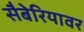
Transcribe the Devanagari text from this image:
सैबेरियावर